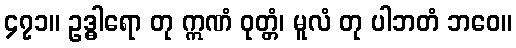
၄၇၁။ ဥဒ္ဓါရော တု ဣဏံ ဝုတ္တံ၊ မူလံ တု ပါဘတံ ဘဝေ။